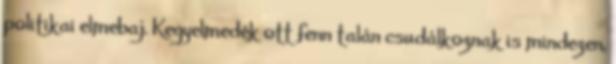
politikai elmebaj. Kegyelmedék ott fenn talán csudálkoznak is mindezen,